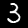
Label: 3